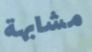
مشابهة